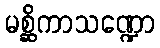
မစ္ဆိကာသဏ္ဍော